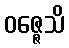
ဝဇ္ဇေသိ